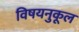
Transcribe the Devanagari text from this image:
विषयनुकूल